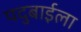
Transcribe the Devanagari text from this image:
पदुबाईला